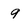
Character: 9